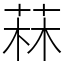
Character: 菻